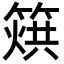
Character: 𥰲